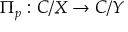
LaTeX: \Pi _ { p } : C / X \to C / Y